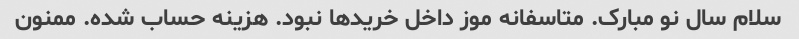
سلام سال نو مبارک. متاسفانه موز داخل خرید‌ها نبود. هزینه حساب شده. ممنون